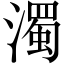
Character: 濁